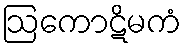
ဩကောဋိမကံ